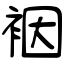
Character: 裀